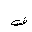
Letter: _fa